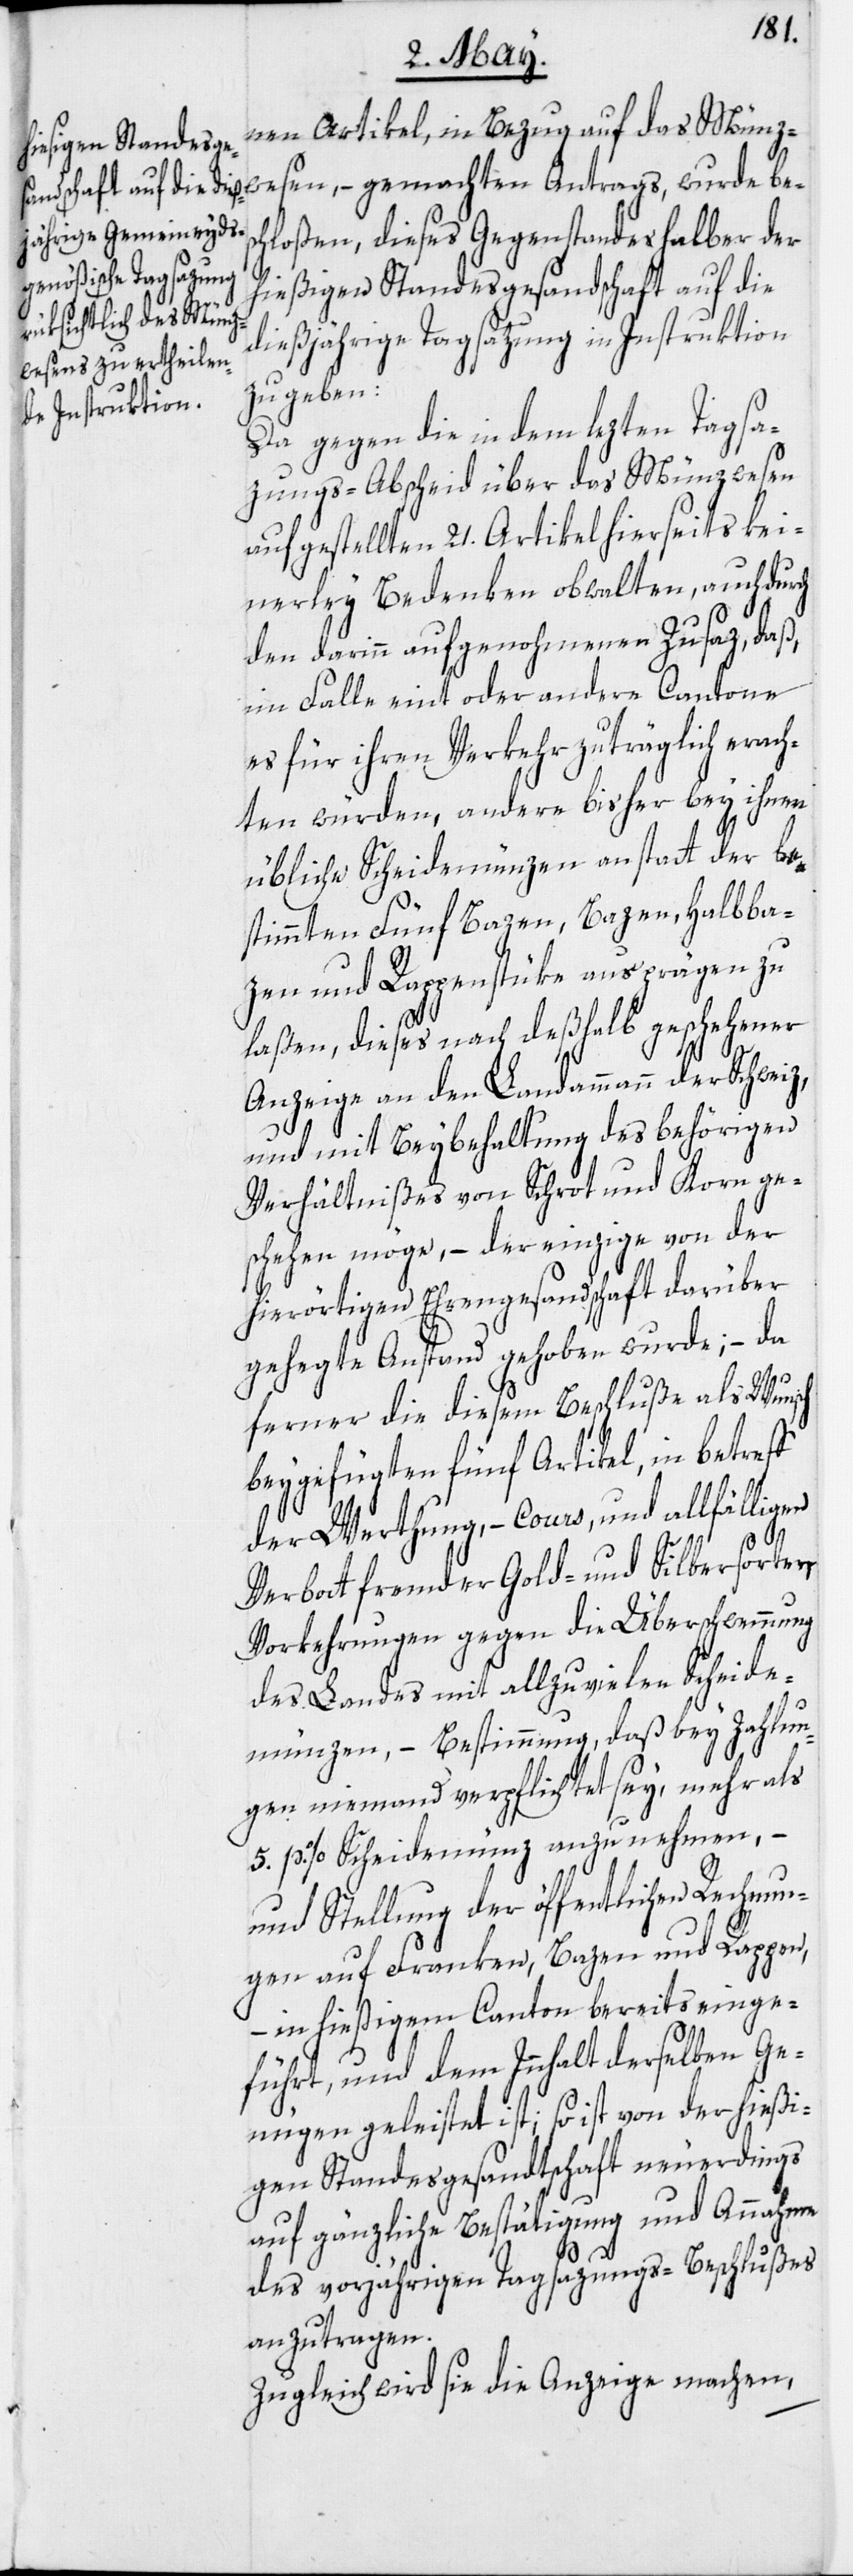
nen Artikel, in Bezug auf das Münzw¬
esen, – gemachten Antrags, wurde bes¬
chloßen, dieses Gegenstandes halber der
hießigen Standesgesandschaft auf die
dießjährige Tagsatzung in Instruktion
zu geben:
Da gegen die in dem lezten Tagsa¬
zungs-Abscheid über das Münzwesen
aufgestellten 21. Artikel hierseits kei¬
nerley Bedenken obwalten, auch durch
den darinn aufgenohmenen Zusaz, daß,
im Falle eint oder andere Cantone
es für ihren Verkehr zuträglich erach¬
ten würden, andere bisher bey ihnen
übliche Scheidemünzen anstatt der be¬
stimmten Fünf Bazen, Bazen, Halbba¬
zen und Rappenstüke ausprägen zu
laßen, dieses nach deßhalb geschehener
Anzeige an den Landammann der Schwei¬
und mit Beybehaltung des behörigen
Verhältnißes von Schrot und Korn ge¬
schehen möge, – der einzige von der
hierörtigen Ehrengesandschaft darüber
gehegte Anstand gehoben wurde; – da
ferner die diesem Beschluße als Wunsch
beygefügten fünf Artikel, in betreff
der Werthung, – Cours, und allfälligen
z,
Verbott fremder Gold- und Silbersorten,
Vorkehrungen gegen die Überschwemmung
des Landes mit allzuvielen Scheide¬
münzen, – Bestimmung, daß bey Zahlun¬
gen niemand verpflichtet sey, mehr als
5. p. % Scheidemünz anzunehmen, –
und Stellung der öffentlichen Rechnun¬
gen auf Franken, Bazen und Rappen,
– in hießigem Canton bereits einge¬
führt, und dem Innhalt derselben Ge¬
nügen geleistet ist; so ist von der hießi¬
gen Standesgesandtschaft neuerdings
auf gänzliche Bestätigung und Annahme
des vorjährigen Tagsazungs-Beschlußes
anzutragen.
Zugleich wird sie die Anzeige machen,